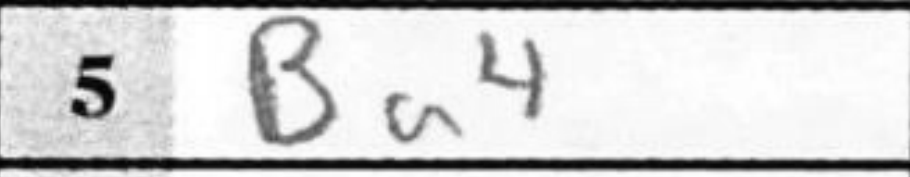
Transcription: Ba4